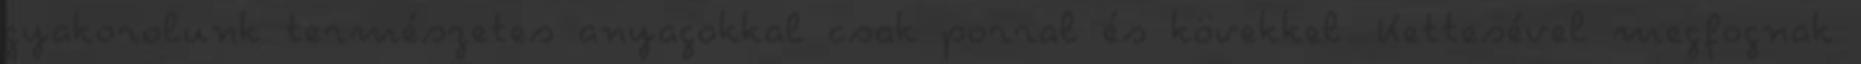
gyakorolunk természetes anyagokkal csak porral és kövekkel. Kettesével megfognak